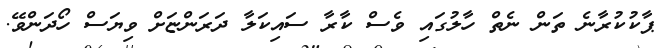
ޕާކުކުރާނެ ތަން ނެތް ހާލުގައި ވެސް ކާރާ ސައިކަލާ ދަރަންޏަށް ވިޔަސް ހޯދަންވޭ.